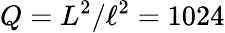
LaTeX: Q=L^{2}/\ell^{2}=1024